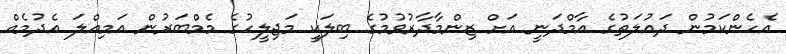
އެހެންކަމުން ދައުލަތުގެ އާމްދަނީ އަށް ޒިންމާދާރުވުމުގެ ބިލަކީ މަޖިލީހުގެ މެމްބަރުން އަމިއްލަ އެދުމެއް